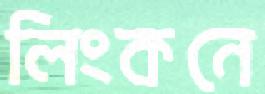
লিংকনে